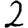
Digit: 2